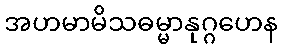
အဟမာမိသဓမ္မာနုဂ္ဂဟေန